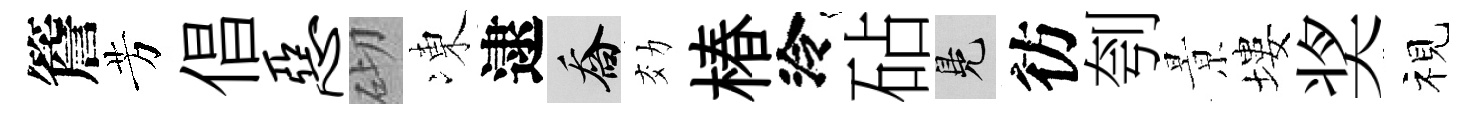
簷芳倡恶砌凍逮喬効椿泠砧鳬彷刳㬌塿奖视